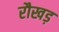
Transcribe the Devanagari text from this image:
रौखड़